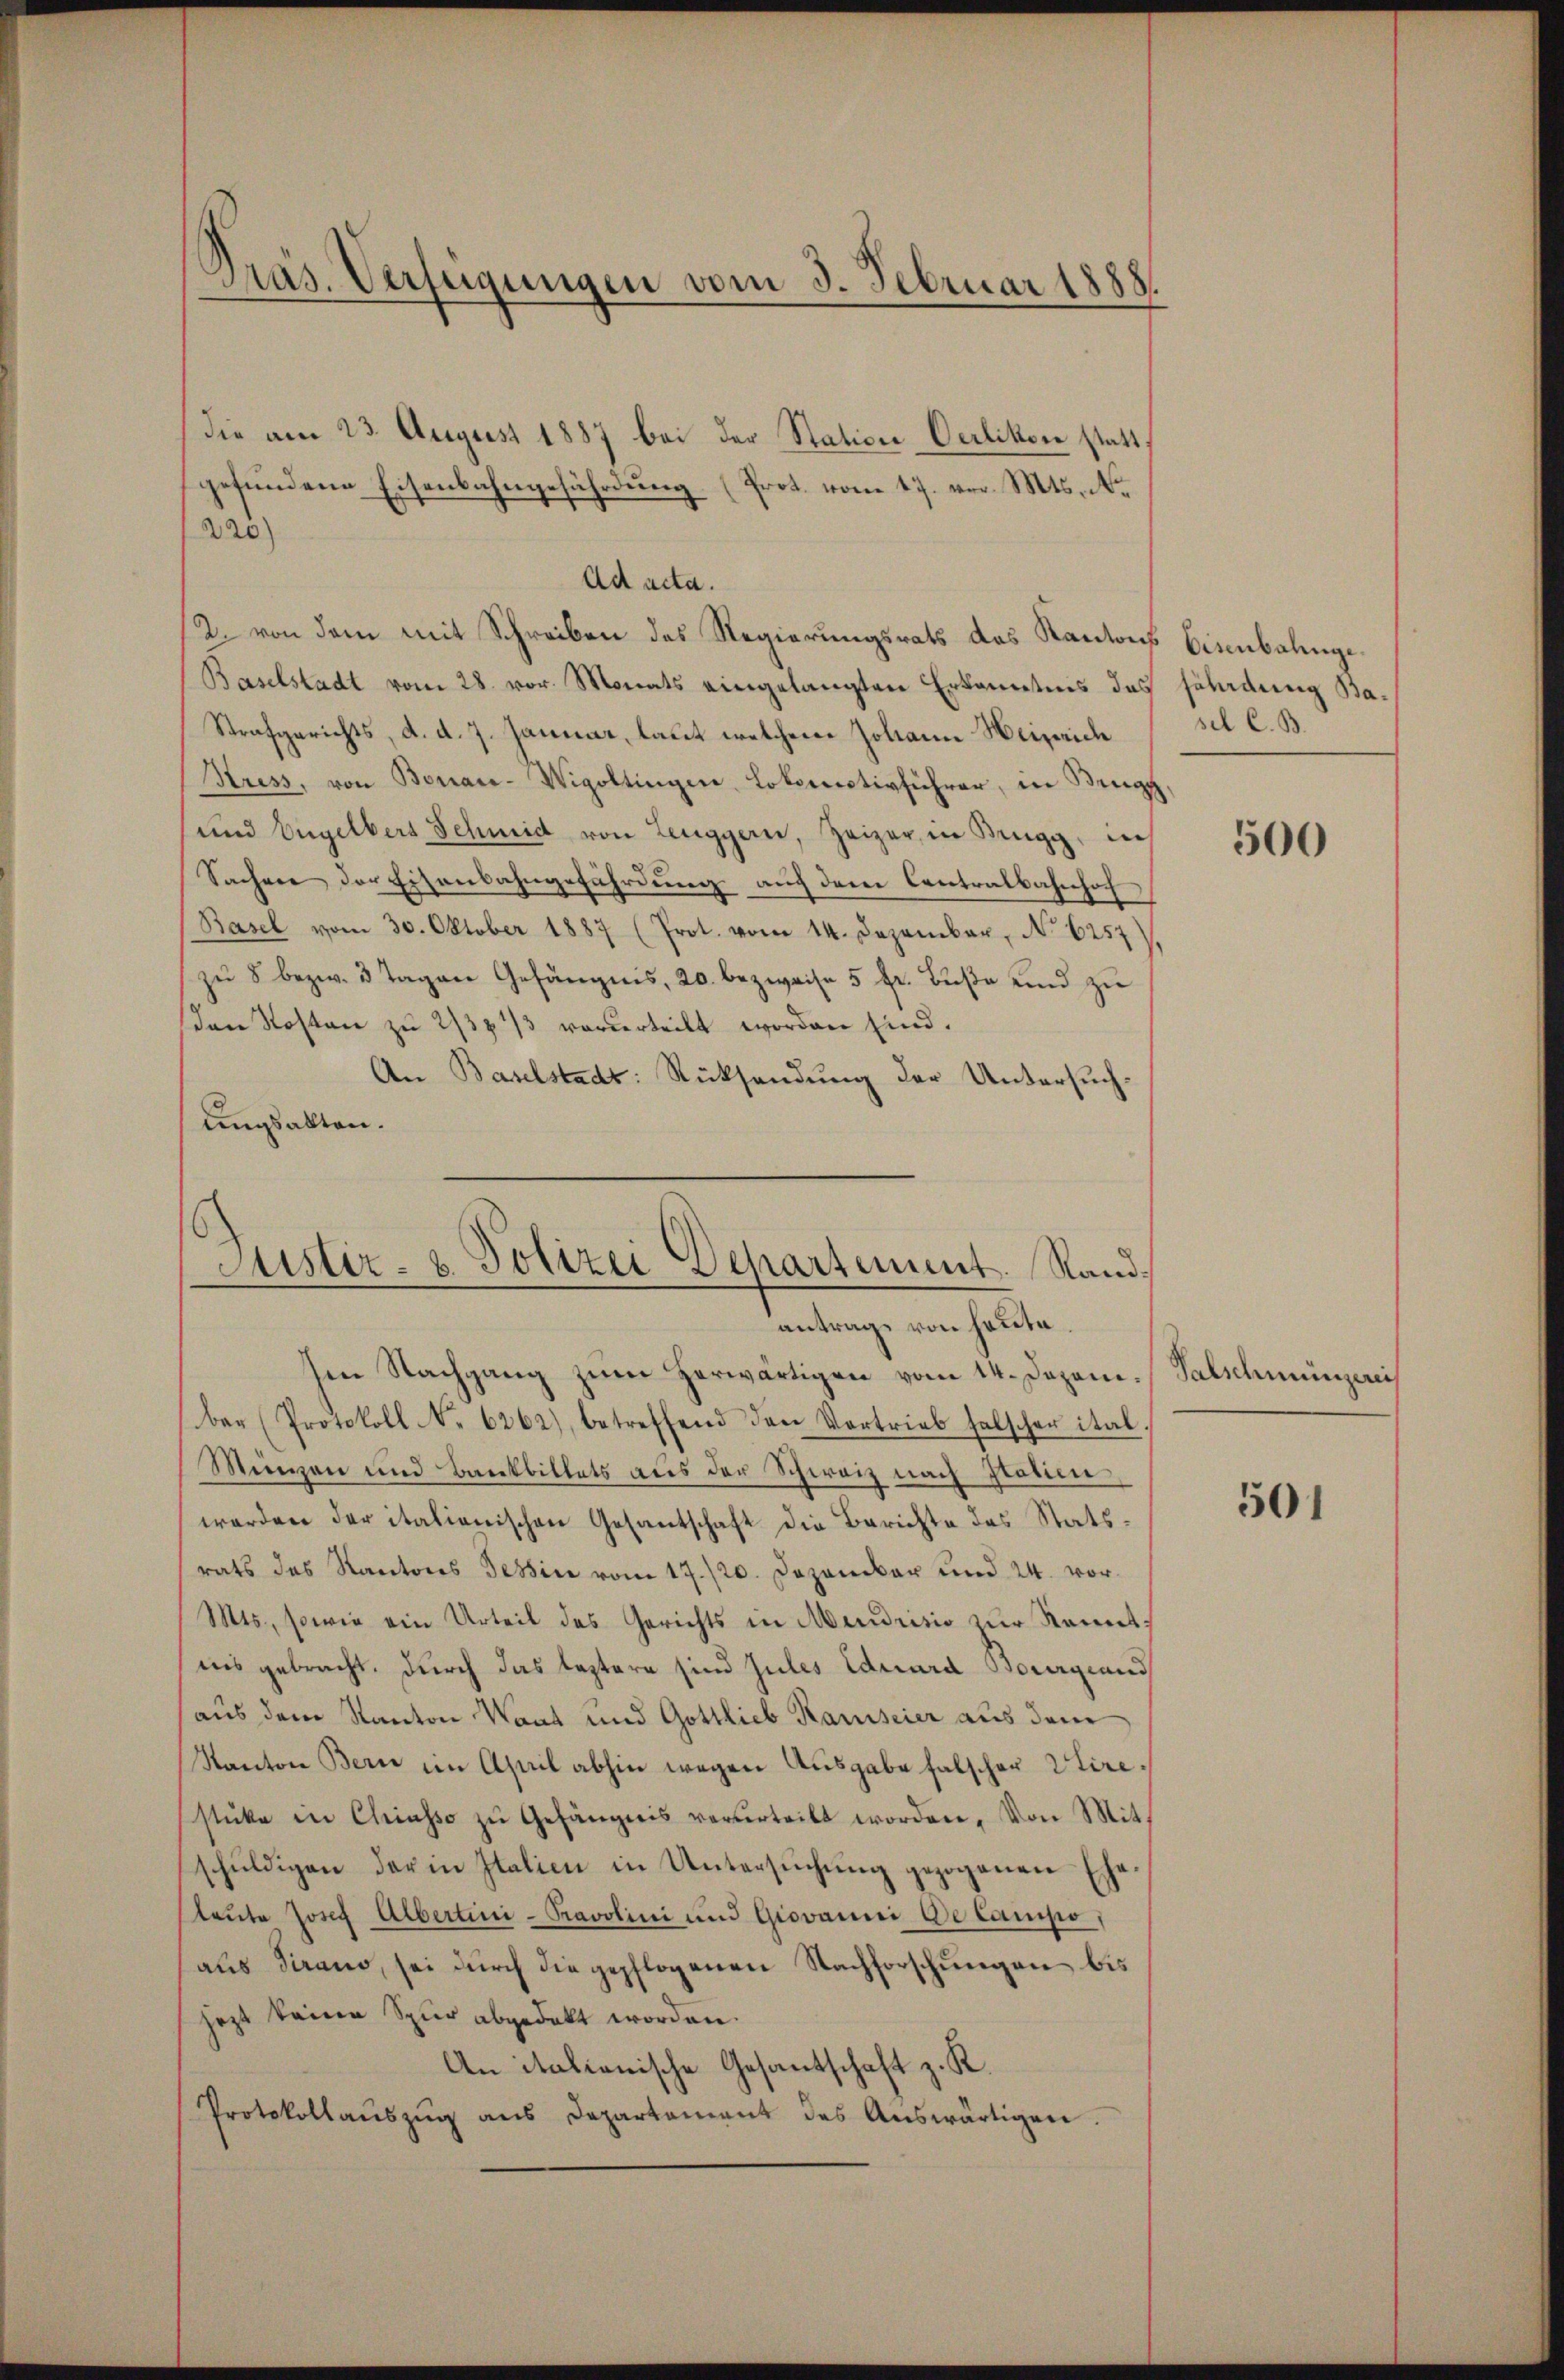
Präs. Verfügungen vom 3. Februar 1888.

die am 23. August 1887 bei der Station Oerlikon stattgefundene Eisenbahngefährdung. (Prot. vom 17. vor. Mts. No
220)
Ad acta.
12. von dem mit Schreiben des Regierungsrats das Kantons Eisenbahnge¬
Baselstadt vom 28. vor. Monats eingelangten Erkanntnis des Fladung Ba¬
Strafgerichts, d. d. 7. Januar, laut welchem Johann Heinrich
Kriss, von Bonau-Wigoltingen Lokomotivführer, in Brugg,
und Engelbers Schmid von Leuggern, Zeiger, in Brugg, in
Sachen der Eisenbahngefährdung auch dem Contralbahnhof,
Basel vom 30. Oktober 1887 (Prot. vom 14. Dezember, No 6257).
zŭ 8 bezw. 3 Tagen Gefängnis, 20. bezweife 5 fr. Bŭβe und zŭ
den Kosten zu 2/3 1/3 vorderteilt worden sind.
An Baselstadt: Rücksendung der Untersuchungsakten.

Justiz- & Polizei Departement. Stand.
antrage von heute.

ten Nachgang zum herwärtigen vom 14. Dezem./Falschmünzeri
ber (Protokoll No 6262), betreffend den Vortrieb falscher ital
Manzen und Bankbillets aus der Schweiz nach Italien,
werden der italienischen Gesantschaft die Berichte des Statsrats des Kantons Tessin vom 17./20. Dezember und 24. vor¬
Mts., sowie ein Urteil des Gerichts in Mendrisis zur Kenntins gebracht, durch das leztere sind zules Eduard Bourgiand
aus dem Kanton Kant und Gottlieb Kamiseier aus dem
Kanton Berne im April abhin wegen Ausgabe falscher Utirestüke in Chiasso zŭ Gefängnis verurteilt worden. Von Mit-
schuldigen der in Italien in Untersuchung gezogenen Ehe
sleute Josef Albertini-Pravolini und Giovanni De Campo,
aus Tirano, sei durch die gepflogenen Nachforschungen bis
jezt keine Spur abgedakt worden.
An italienische Gesantschaft z. R.
Protokollaŭszŭg ans Departement des Aŭswärtigen.

sel C. B.

500

501